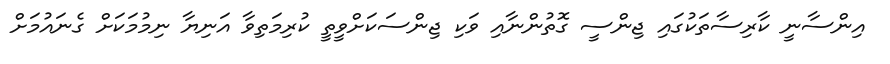
އިންސާނީ ކާރިސާތަކުގައި ޖިންސީ ގޮތުންނާއި ވަކި ޖިންސަކަށްވީތީ ކުރިމަތިވާ އަނިޔާ ނިމުމަކަށް ގެނައުމަށް